Annual statistical returns and brief notes on vaccination in Bengal - 1909-1929
Year: 1909
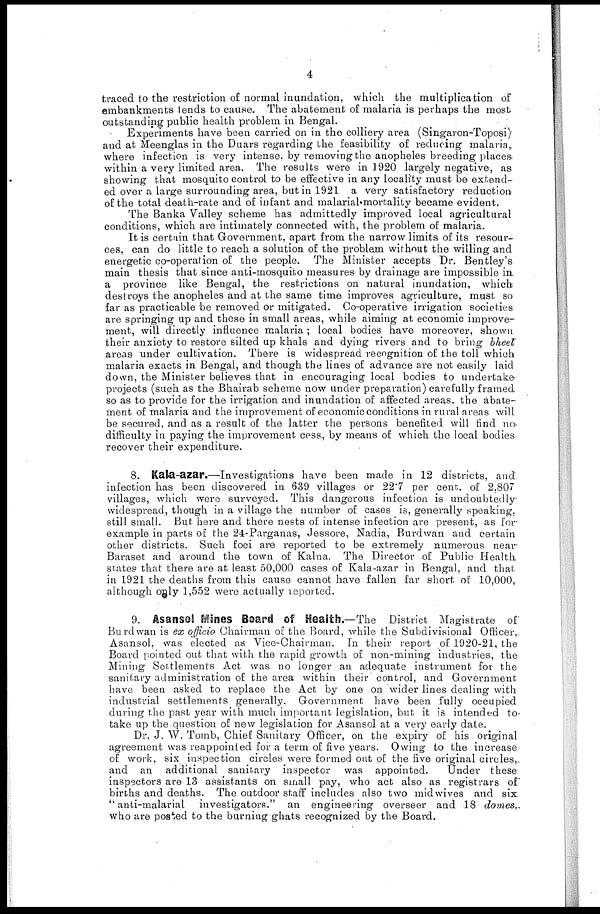
4
traced to the restriction of normal inundation, which the multiplication of
embankments tends to cause. The abatement of malaria is perhaps the most
outstanding public health problem in Bengal.
Experiments have been carried on in the colliery area (Singaron-Toposi)
and at Meenglas in the Duars regarding the feasibility of reducing malaria,
where infection is very intense, by removing the anopheles breeding places
within a very limited area. The results were in 1920 largely negative, as
showing that mosquito control to be effective in any locality must be extend-
ed over a large surrounding area, but in 1921 a very satisfactory reduction
of the total death-rate and of infant and malarial-mortality became evident.
The Banka Valley scheme has admittedly improved local agricultural
conditions, which are intimately connected with, the problem of malaria.
It is certain that Government, apart from the narrow limits of its resour-
ces, can do little to reach a solution of the problem without the willing and
energetic co-operation of the people. The Minister accepts Dr. Bentley's
main thesis that since anti-mosquito measures by drainage are impossible in
a province like Bengal, the restrictions on natural inundation, which
destroys the anopheles and at the same time improves agriculture, must so
far as practicable be removed or mitigated. Co-operative irrigation societies
are springing up and these in small areas, while aiming at economic improve-
ment, will directly influence malaria ; local bodies have moreover, shown
their anxiety to restore silted up khals and dying rivers and to bring bheel
areas under cultivation. There is widespread recognition of the toll which
malaria exacts in Bengal, and though the lines of advance are not easily laid
down, the Minister believes that in encouraging local bodies to undertake-
projects (such as the Bhairab scheme now under preparation) carefully framed
so as to provide for the irrigation and inundation of affected areas, the abate-
ment of malaria and the improvement of economic conditions in rural areas will
be secured, and as a result of the latter the persons benefited will find no
difficulty in paying the improvement cess, by means of which the local bodies
recover their expenditure.
8. Kala-azar.—Investigations have been made in 12 districts, and
infection has been discovered in 639 villages or 22.7 per cent. of 2,807
villages, which were surveyed. This dangerous infection is undoubtedly-
widespread, though in a village the number of cases is, generally speaking,
still small. But here and there nests of intense infection are present, as for
example in parts of the 24-Parganas, Jessore, Nadia, Burdwan and certain
other districts. Such foci are reported to be extremely numerous near
Baraset and around the town of Kalna. The Director of Public Health
states that there are at least 50,000 cases of Kala-azar in Bengal, and that.
in 1921 the deaths from this cause cannot have fallen far short of 10,000,
although only 1,552 were actually reported.
9. Asansol Mines Board of Health.—The District Magistrate of
Burdwan is ex officio Chairman of the Board, while the Subdivisional Officer,
Asansol, was elected as Vice-Chairman. In their report of 1920-21, the
Board pointed out that with the rapid growth of non-mining industries, the
Mining Settlements Act was no longer an adequate instrument for the
sanitary administration of the area within their control, and Government
have been asked to replace the Act by one on wider lines dealing with
industrial settlements generally. Government have been fully occupied
during the past year with much important legislation, but it is intended to
take up the question of new legislation for Asansol at a very early date.
Dr. J. W. Tomb, Chief Sanitary Officer, on the expiry of his original
agreement was reappointed for a term of five years. Owing to the increase
of work, six inspection circles were formed out of the five original circles,
and an additional sanitary inspector was appointed.
Under these
inspectors are 13 assistants on small pay, who act also as registrars of
births and deaths. The outdoor staff includes also two mid wives and six
"anti-malarial investigators." an engineering overseer and 18 domes,.
who are posted to the burning ghats recognized by the Board.